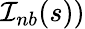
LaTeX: \mathcal{I}_{nb}(s))